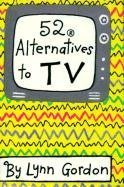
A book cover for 52 Alternatives to TV (52 Series); Lynn Gordon; Teen & Young Adult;